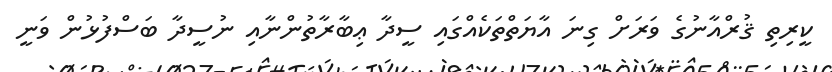
ކީރިތި ޤުރްއާނުގެ ވަރަށް ގިނަ އާޔަތްތަކެއްގައި ސީދާ ޢިބާރާތުންނާއި ނުސީދާ ބަސްފުޅުން ވަނީ